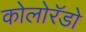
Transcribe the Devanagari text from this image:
कोलोरॅडो